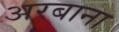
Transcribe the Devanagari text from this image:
अरबाना